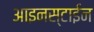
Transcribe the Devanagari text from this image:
आइनस्टाईन